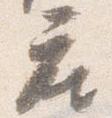
座